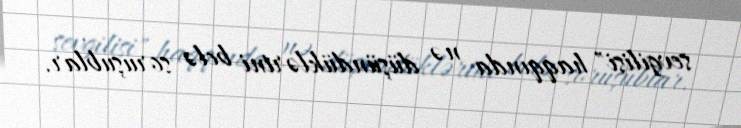
sevgilisi" haqqında nə düşündüklərini belə soruşublar.